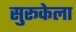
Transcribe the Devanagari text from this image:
सुरूकेला